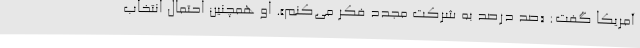
آمریکا گفت: «صد درصد به شرکت مجدد فکر می‌کنم». او همچنین احتمال انتخاب